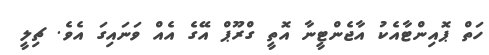
ހަތް ޕޮއިންޓާއެކު އާޖެންޓީނާ އޮތީ ގްރޫޕް އޭގެ އެއް ވަނައިގަ އެވެ. ޗިލީ